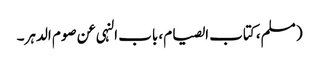
( مسلم، کتاب الصیام، باب النہی عن صوم الدہر۔